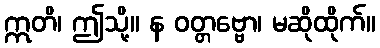
ဣတိ၊ ဤသို့။ န ဝတ္တဗ္ဗော၊ မဆိုထိုက်။